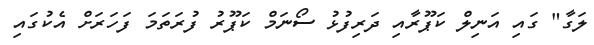
ލަގާ" ގައި އަނިލް ކަޕޫރާއި ދަރިފުޅު ސޯނަމް ކަޕޫރު ފުރަތަމަ ފަހަރަށް އެކުގައި